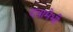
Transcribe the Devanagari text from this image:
दवामेभी